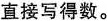
1 直接写得数。